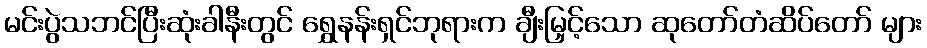
မင်းပွဲသဘင်ပြီးဆုံးခါနီးတွင် ရွှေနန်းရှင်ဘုရားက ချီးမြှင့်သော ဆုတော်တံဆိပ်တော် များ